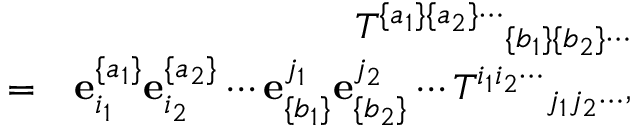
\begin{array} { r l r } & { } & { { T ^ { \{ a _ { 1 } \} \{ a _ { 2 } \} \cdots } } _ { \{ b _ { 1 } \} \{ b _ { 2 } \} \cdots } } \\ & { = } & { { \bf e } _ { i _ { 1 } } ^ { \{ a _ { 1 } \} } { \bf e } _ { i _ { 2 } } ^ { \{ a _ { 2 } \} } \cdots { \bf e } _ { \{ b _ { 1 } \} } ^ { j _ { 1 } } { \bf e } _ { \{ b _ { 2 } \} } ^ { j _ { 2 } } \cdots { T ^ { i _ { 1 } i _ { 2 } \cdots } } _ { j _ { 1 } j _ { 2 } \cdots } , } \end{array}